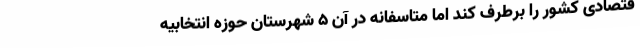
قتصادی کشور را برطرف کند اما متاسفانه در آن 5 شهرستان حوزه انتخابیه